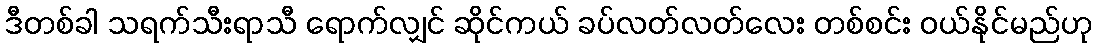
ဒီတစ်ခါ သရက်သီးရာသီ ရောက်လျှင် ဆိုင်ကယ် ခပ်လတ်လတ်လေး တစ်စင်း ဝယ်နိုင်မည်ဟု